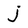
Character: j